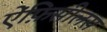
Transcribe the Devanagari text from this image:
ऐंफ़िसीलस